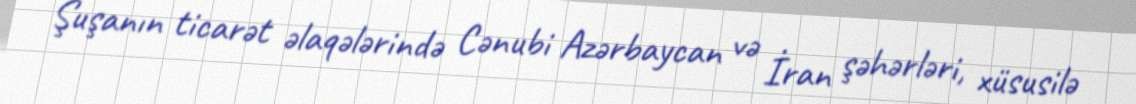
Şuşanın ticarət əlaqələrində Cənubi Azərbaycan və İran şəhərləri, xüsusilə